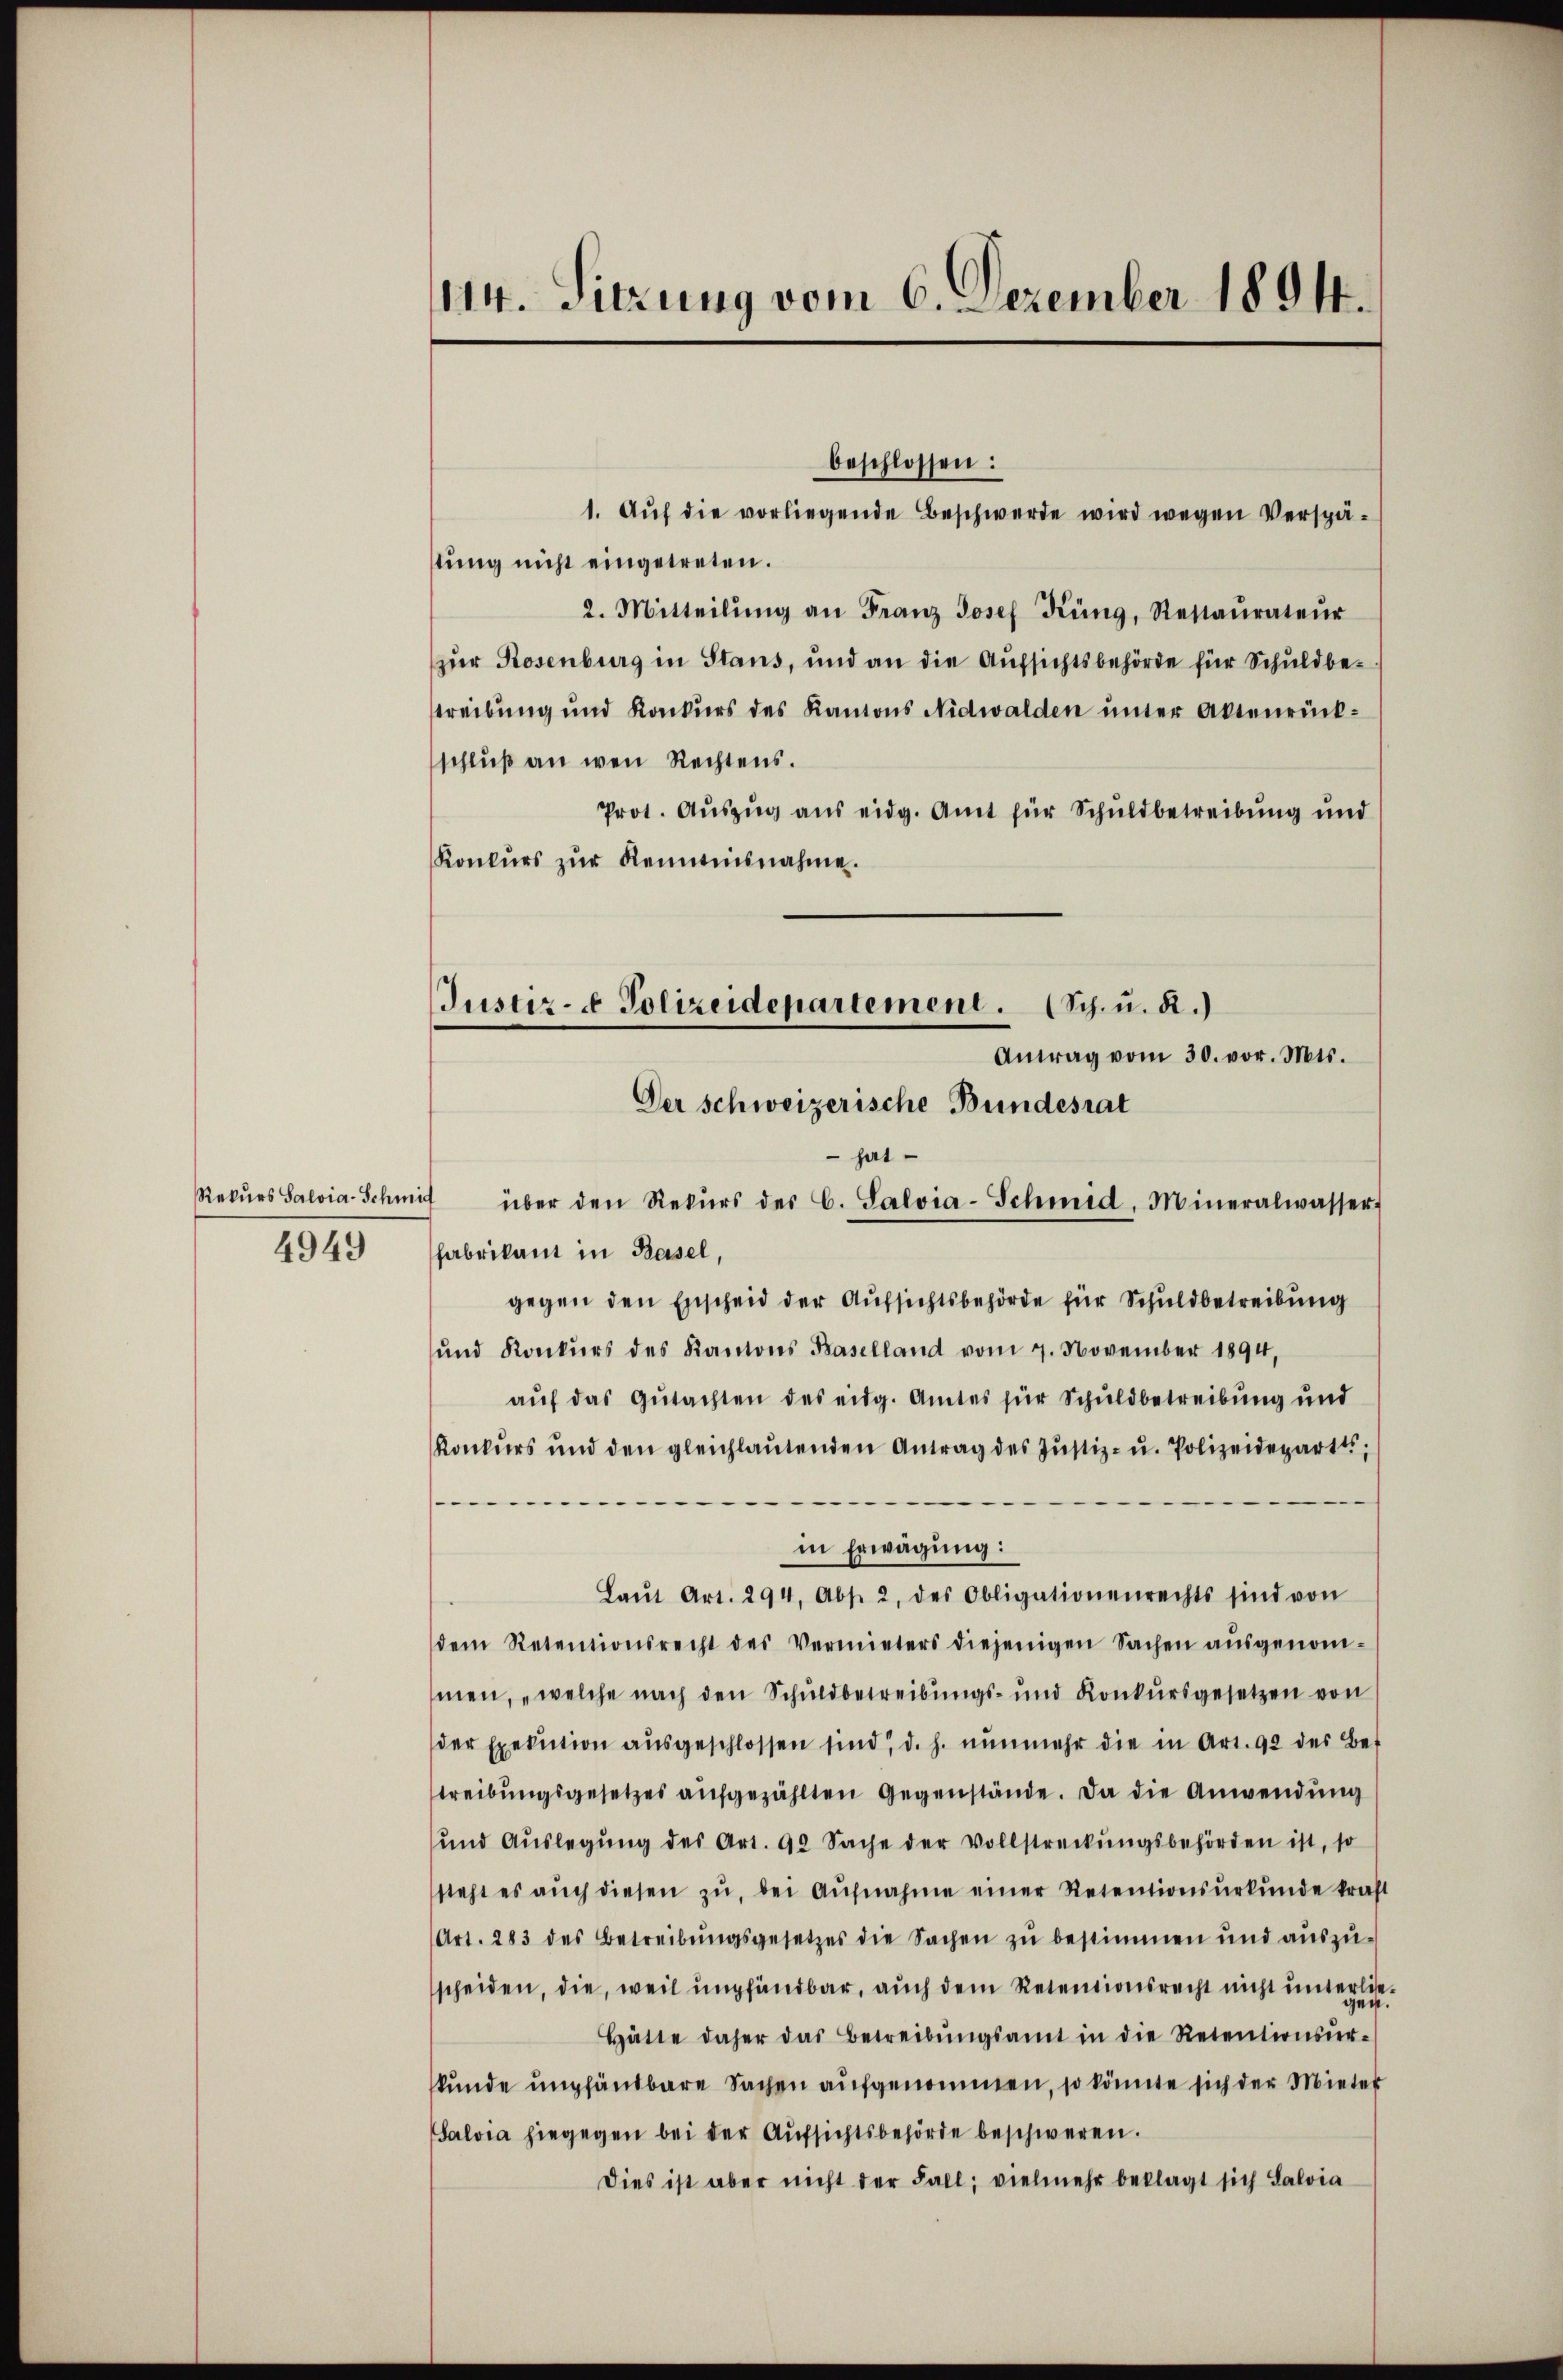
Rekurs Salvia-Schmi
4949

1. Aŭf die vorliegende Beschwerde wird wegen Verspästung nicht eingetreten.
2. Mitteilŭng an Franz Josef Küng, Restaŭrateŭr
zur Rosenburg in Stans, und an die Aufsichtsbehörde für Schuldbestreibung und Konkurs des Kantons Nidwalden unter Aktenrückschlŭβ an wen Rechtens.
Prot. Aŭszŭg ans eidg. Amt für Schuldbetreibung und
Konkŭrs zŭr Kenntnisnahme.

114. Sitzung vom 6. Dezember 1894.

beschlossen:

Justiz- & Polizeidepartement. (Sch. u. R.)
Antag vom 30. vor. Mts.
Der Schweizerische Bundesrat

hat
4 über den Rekŭrs des C. Salvia-Schmid, Mineralwasser
Fabrikant in Basel,
gegen den Erscheid der Aufsichtsbehörde für Schuldbetreibung
und Konkurs des Kantons Baselland vom 7. November 1894,
aŭf das Gŭtachten des eidg. Amtes für Schuldbetreibung und
Konkurs und den gleichlaŭtenden Antrag des Jŭstiz- u. Polizeideparti,
.
in Erwägung:
Laŭt Art. 294, Abs. 2, des Obligationenrechts sind von
dem Retentionsrecht des Vermieters diejenigen Sachen aŭsgenom-
men, „welche nach den Schuldbetreibungs- und Konkŭrsgesetzen von
der Exekution aŭsgeschlossen sind, d. h. nŭnmehr die in Art. 92 des Be-
treibŭngsgesetzes aŭfgezählten Gegenstände. Da die Anwendung
und Aŭslegŭng des Art. 92 Sache der Vollstreckŭngsbehörden ist, so
steht es aŭch diesen zŭ, bei Aŭfnahme einer Retentionsurkunde kraft
Art. 283 des Betreibŭngsgesetzes die Sachen zŭ bestimmen und aŭszŭ-
scheiden, die, weil empfandbar, auch dem Retentionsrecht nicht unterlie¬
Hätte daher das Betreibŭngsamt in die Retentionsur-
skunde umpfändbare Sachen aufgenommen, so könnte sich der Mieter
Salvia hiegegen bei der Aufsichtsbehörde beschweren.
Dies ist aber nicht der Fall, vielmehr beklagt sich Salvia